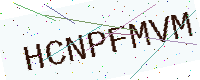
Text: HCNPFMVM